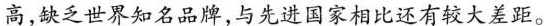
高，缺乏世界知名品牌，与先进国家相比还有较大差距。